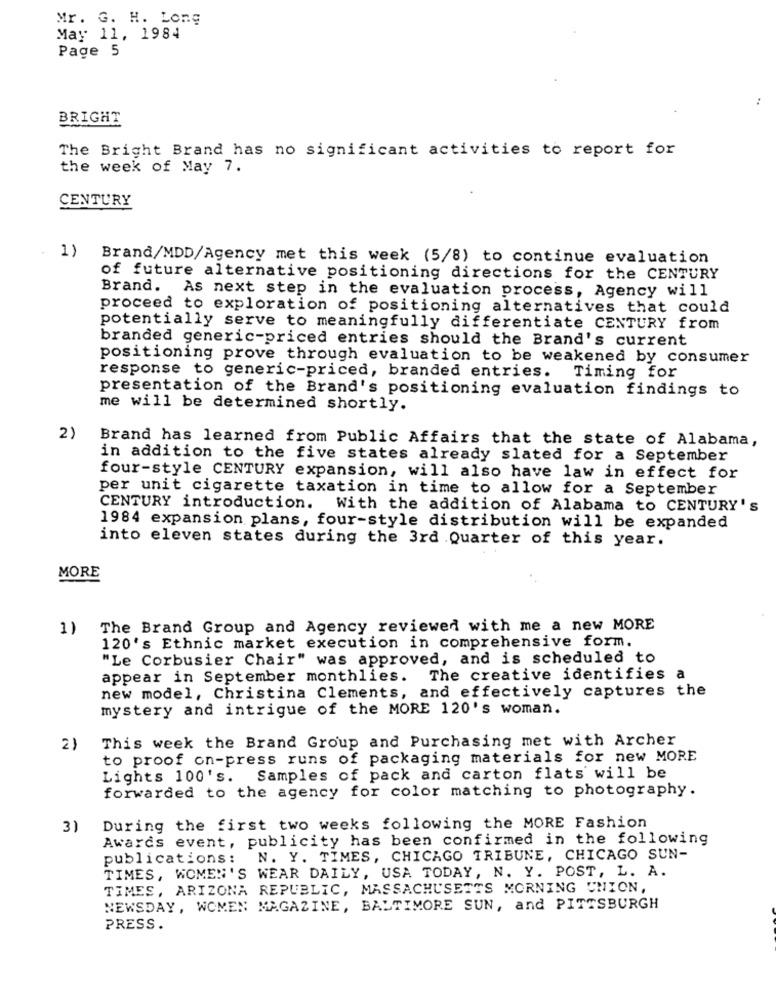
Mr. G. H. Long
May 11, 1984
Page 5
BRIGHT
The Bright Brand has no significant activities to report for
the week of May 7.
CENTURY
1)
Brand/MDD/Agency met this week (5/8) to continue evaluation
of future alternative positioning directions for the CENTURY
Brand. As next step in the evaluation process, Agency will
proceed to exploration of positioning alternatives that could
potentially serve to meaningfully differentiate CENTURY from
branded generic-priced entries should the Brand's current
positioning prove through evaluation to be weakened by consumer
Timing for
response to generic-priced, branded entries.
presentation of the Brand's positioning evaluation findings to
me will be determined shortly.
2)
Brand has learned from Public Affairs that the state of Alabama,
in addition to the five states already slated for a September
four-style CENTURY expansion, will also have law in effect for
per unit cigarette taxation in time to allow for a September
CENTURY introduction. With the addition of Alabama to CENTURY's
1984 expansion plans, four-style distribution will be expanded
into eleven states during the 3rd Quarter of this year.
MORE
1)
The Brand Group and Agency reviewed with me a new MORE
120's Ethnic market execution in comprehensive form.
"Le Corbusier Chair" was approved, and is scheduled to
appear in September monthlies. The creative identifies a
new model, Christina Clements, and effectively captures the
mystery and intrigue of the MORE 120's woman.
This week the Brand Group and Purchasing met with Archer
2)
to proof on-press runs of packaging materials for new MORE
Lights 100's. Samples of pack and carton flats will be
forwarded to the agency for color matching to photography.
3)
During the first two weeks following the MORE Fashion
Awards event, publicity has been confirmed in the following
publications: N. Y. TIMES, CHICAGO TRIBUNE, CHICAGO SUN-
TIMES, WOMEN'S WEAR DAILY, USA TODAY, N. Y. POST, L. A.
TIMES, ARIZONA REPUBLIC, MASSACHUSETTS MORNING UNION,
NEWSDAY, WOMEN MAGAZINE, BALTIMORE SUN, and PITTSBURGH
PRESS.